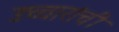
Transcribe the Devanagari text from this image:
उच्चारांची